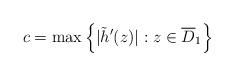
LaTeX: \begin{align*}c = \max \left\{ |\tilde h'(z)| : z\in\overline D_1\right\}\end{align*}